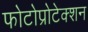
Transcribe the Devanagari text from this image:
फोटोप्रोटेक्शन